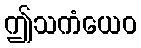
ဤသကံယေဝ